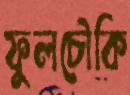
ফুলচৌকি